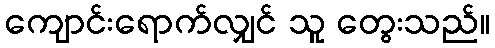
ကျောင်းရောက်လျှင် သူ တွေးသည်။